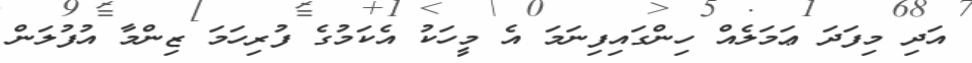
އަދި މިފަދަ ޢަމަލެއް ހިންގައިފިނަމަ އެ މީހަކު އެކަމުގެ ފުރިހަމަ ޒިންމާ އުފުލަން